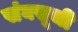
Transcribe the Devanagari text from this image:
संघसूची